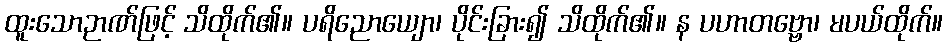
ထူးသောဉာဏ်ဖြင့် သိထိုက်၏။ ပရိညောယျော၊ ပိုင်းခြား၍ သိထိုက်၏။ န ပဟာတဗ္ဗော၊ မပယ်ထိုက်။